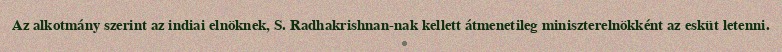
Az alkotmány szerint az indiai elnöknek, S. Radhakrishnan-nak kellett átmenetileg miniszterelnökként az esküt letenni.